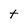
Character: t